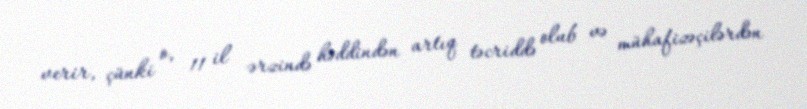
verir, çünki o, 11 il ərzində həddindən artıq təcriddə olub və mühafizəçilərdən